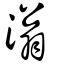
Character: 滃